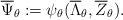
LaTeX: \begin{align*}\overline{\Psi}_\theta := \psi_\theta(\overline{\Lambda}_\theta, \overline{Z}_\theta).\end{align*}